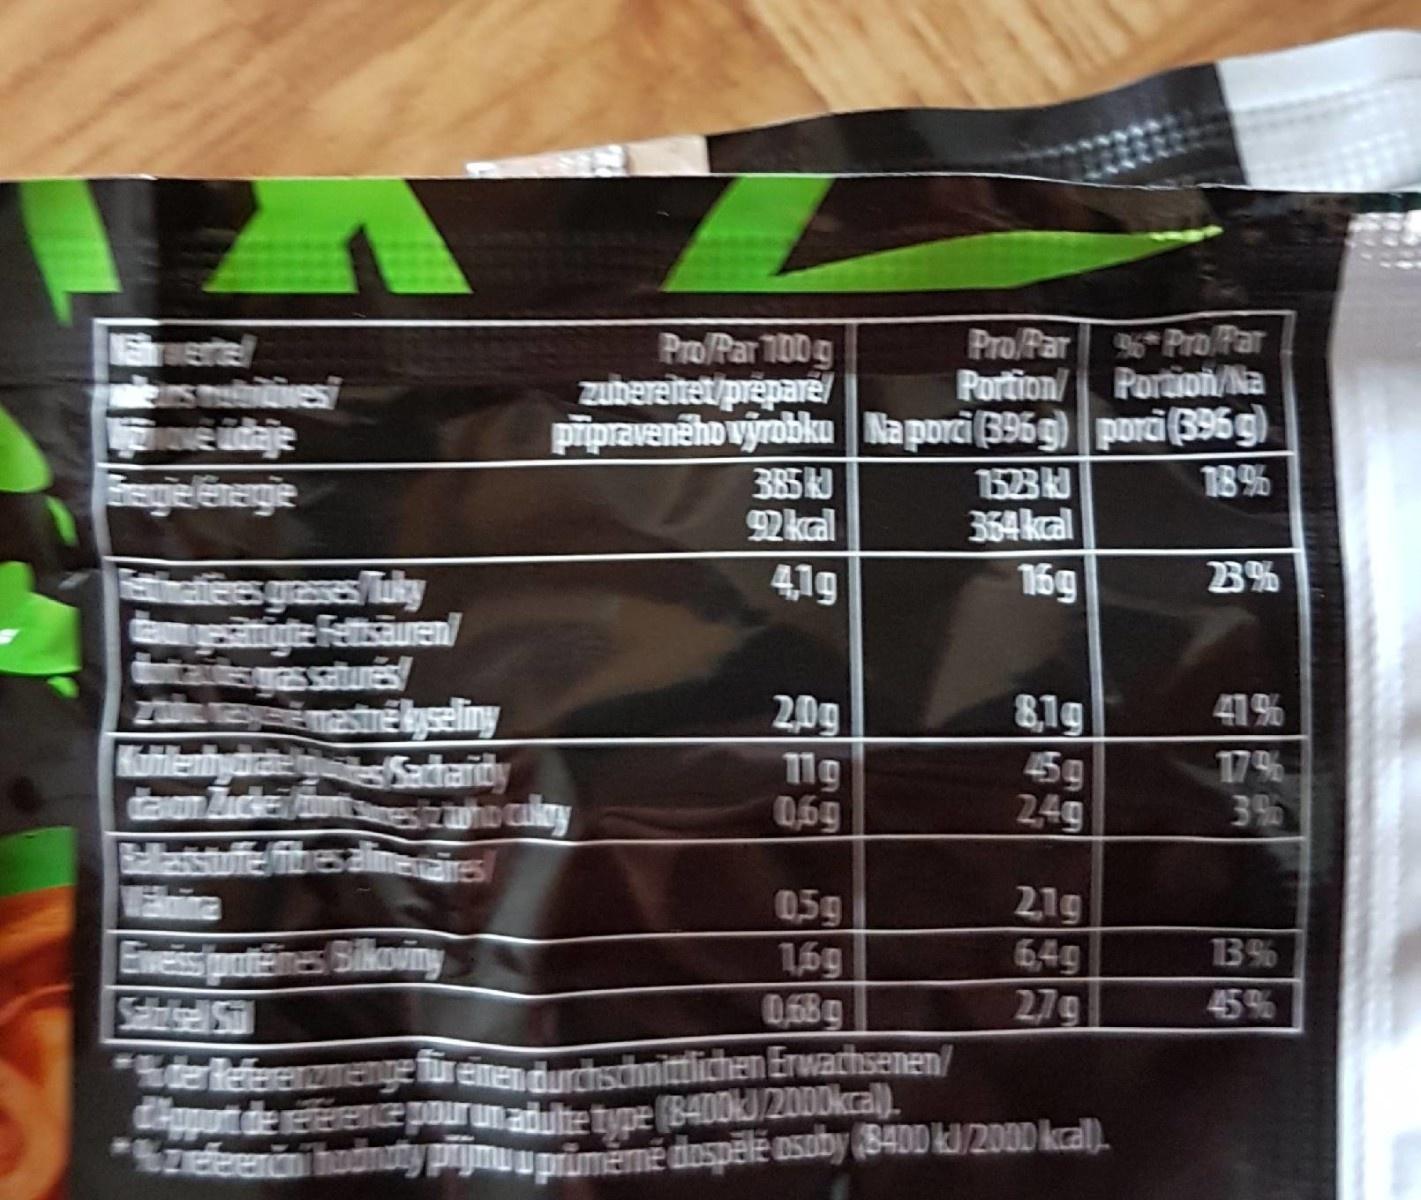
Pro/Par ProFar Portion
ruertel sbiives e idaje egielēnegie
Pro/Par 100g zubereitet/preparel
Portion/Na
pipravenēho výrobku Naporci B95g) pora 696 g) 1523 364kal
385 Nkal
18%
hatiees grasses/uky
4,1g
16g
81g 59 2,49
41%
estnekyseliny Kuhlenhydrcates Sadaridy
2,0g
17% 39
11g
0,69
Hasufeibesalimerares Enina Eveispotemes Bikoviny SisHST
2,1g
05g 1,6g 0,68g
6,49
13%
279
45%
Sderleferenzmenge üreinendurdtschnittlichen Erwachsenen/ Chupot derree pourumatulte tune 8400kJ/2000kcal). "Szefeenini hudnaty prijmuupriměểmě dospēlě osoby (S40D kl/200 kcal).